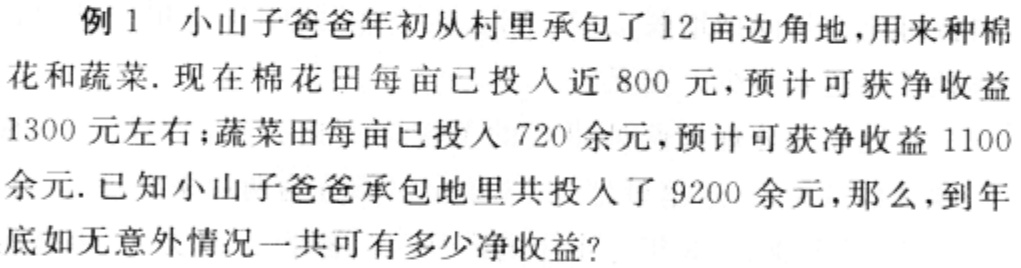
例1 小山子爸爸年初从村里承包了12亩边角地，用来种棉花和蔬菜. 现在棉花田每亩已投入近800元，预计可获净收益1300元左右；蔬菜田每亩已投入720余元，预计可获净收益1100余元. 已知小山子爸爸承包地里共投入了9200余元，那么，到年底如无意外情况一共可有多少净收益？